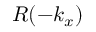
R ( - k _ { x } )